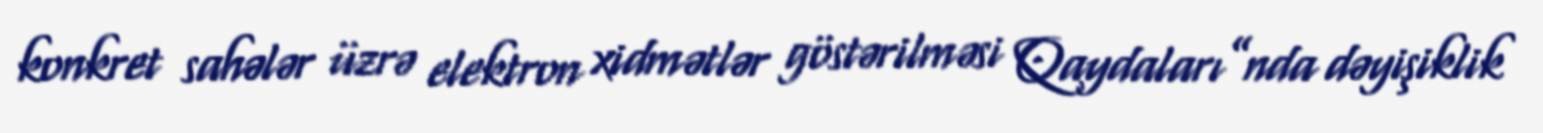
konkret sahələr üzrə elektron xidmətlər göstərilməsi Qaydaları”nda dəyişiklik